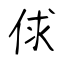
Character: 俅